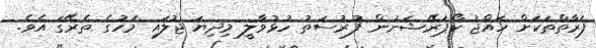
ފަރާތްތަކަށް ހައްޖު ކޯޕަރޭޝަނުން ފުރުސަތު ހުޅުވާލީ މިދިޔަ ޖުލައި މަހުގެ ތެރޭގަ އެވެ.